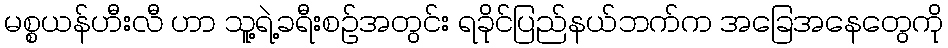
မစ္စယန်ဟီးလီ ဟာ သူ့ရဲ့ခရီးစဉ်အတွင်း ရခိုင်ပြည်နယ်ဘက်က အခြေအနေတွေကို